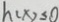
h ( x ) \leq 0